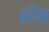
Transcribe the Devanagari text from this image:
शॅन्ड